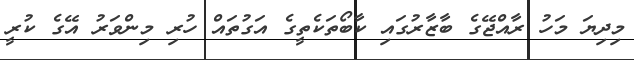
މިދިޔަ މަހު ރާއްޖޭގެ ބާޒާރުގައި ކާބޯތަކެތީގެ އަގުތައް ހުރި މިންވަރު އޭގެ ކުރީ